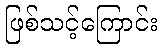
ဖြစ်သင့်ကြောင်း